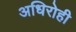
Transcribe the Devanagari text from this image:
अधिरोही